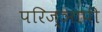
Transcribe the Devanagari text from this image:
परिज्ञापी